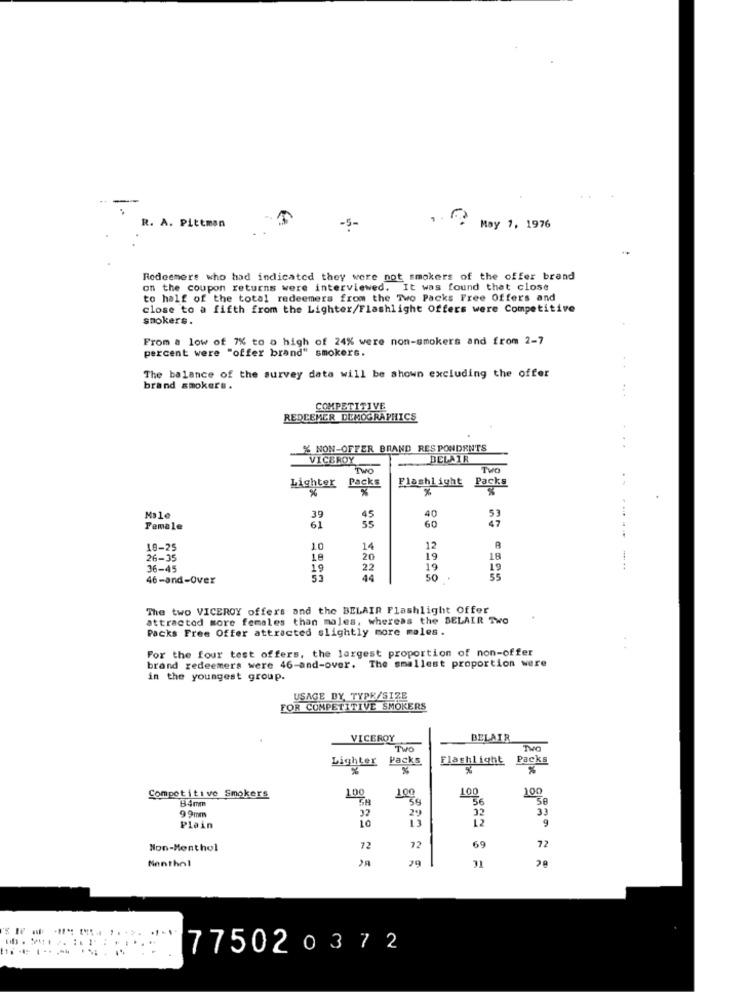
R. A. Pittman
-5-
. May 1, 1976
Redeemere who had indicated they were not smokers of the offer brand
on the coupon returns were interviewed. It was found that close
to half of the total redeemers from the Two Packs Free Offers and
close to a fifth from the Lighter/Flashlight Offers were Competitive
smokers.
From a low of 7% to o high of 24% were non-smokers and from 2-7
percent were "offer brand" smokers.
The balance of the survey data will be shown excluding the offer
brand smokers.
:
COMPETITIVE
REDEEMER DEMOGRAPHICS
% NON-OFFER BRAND RESPONDENTS
VICEROY
DELAIR
Two
THO
Packs
Lighter Packs
%
%
Flashlight
%
Male
39
45
60
40
47
Female
61
18-25
10
14
12
26-35
18
20
19
18
36-45
19
22
19
19
46-and-Over
44
50
55
The two VICEROY offers and the BELAIR Flashlight Offer
attracted more females than males, whereas the BELAIR TWO
Packs Free Offer attracted slightly more males.
For the four test offers, the largest proportion of non-offer
brand redeemers were 46-and-over. The smallest proportion were
in the youngest group.
USAGE DY, TYPK/SIZE
FOR COMPETITIVE SMOKERS
VICEROY
BELAIR
Two
Lighter Packs
Flashlight Packs
%
%
100
100
100
100
Competitive Smokers
B4mm
GH
59
58
99mm
32
29
32
33
13
12
9
Plain
72
Non-Menthol
72
69
29
31
Nenthol
775020372